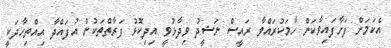
އެކަމަށް ފަށާފައިވާކަން ހާމަކުރައްވާ ރަައީސް ނަޝީދު ވިދާޅުވީ އިދިކޮޅު ފަރާތްތަކުން އުފައްދާ އިއްތިހާދަކީ